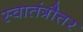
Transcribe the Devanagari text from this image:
स्वातंत्रौत्तर